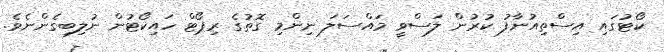
ކޯޓުގައި އިސްތިއުނާފު ކުރުން ލަސްވީ މައްސަލަ ނިންމި ގޮތުގެ ރިޕޯޓް ހައިކޯޓުން ނުލިބިގެންނެވެ.